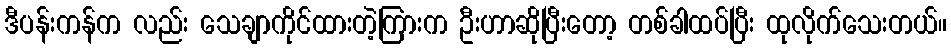
ဒီပန်းကန်က လည်း သေချာကိုင်ထားတဲ့ကြားက ဦးဟာဆိုပြီးတော့ တစ်ခါထပ်ပြီး ထုလိုက်သေးတယ်။